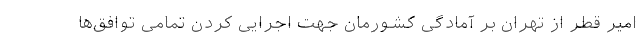
امیر قطر از تهران بر آمادگی کشورمان جهت اجرایی کردن تمامی توافق‌ها